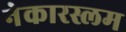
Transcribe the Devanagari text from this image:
नेकारस्लम